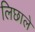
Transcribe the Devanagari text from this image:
लिछाले